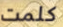
كلمت